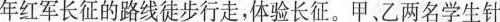
年红军长征的路线徒步行走，体验长征。甲、乙两名学生针